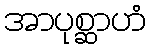
အာပုစ္ဆာဟံ